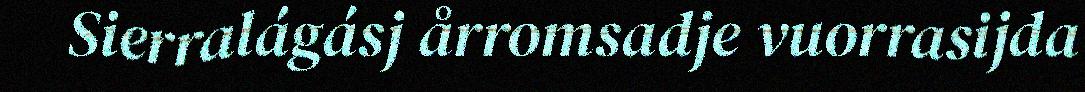
Sierralágásj årromsadje vuorrasijda